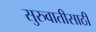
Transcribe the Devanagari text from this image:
सुरुवातीसाठी